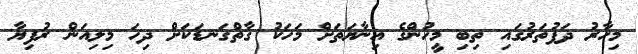
މިހާރު ދަފުތަރުގައި ތިބި މީހުންގެ އިނާޔަތަށް މަހަކު ގާތްގަނޑަކަށް ދިހަ މިލިއަން ރުފިޔާ